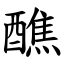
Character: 醮